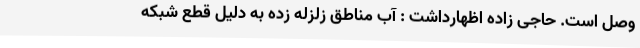
وصل است. حاجی زاده اظهارداشت : آب مناطق زلزله زده به دلیل قطع شبکه